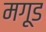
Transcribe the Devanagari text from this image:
मगूड